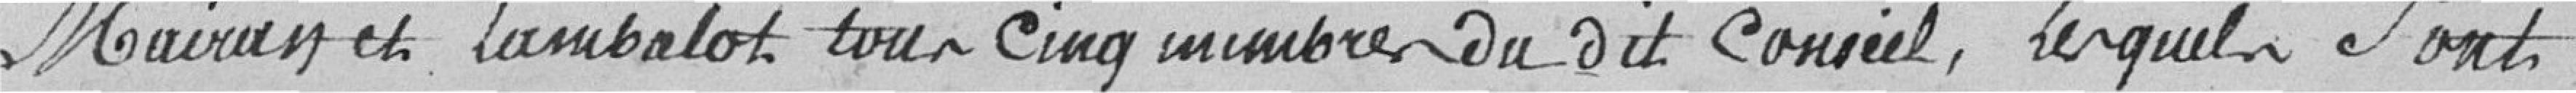
Mairan et Lambalot tous cinq membres dudit Conseil, lesquels sont